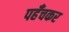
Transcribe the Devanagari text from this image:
पहँचकर